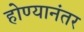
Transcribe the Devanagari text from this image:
होण्यानंतर